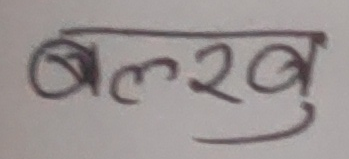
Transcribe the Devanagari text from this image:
बलरबु